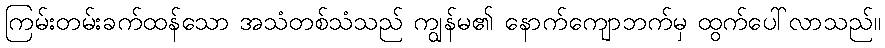
ကြမ်းတမ်းခက်ထန်သော အသံတစ်သံသည် ကျွန်မ၏ နောက်ကျောဘက်မှ ထွက်ပေါ်လာသည်။